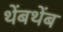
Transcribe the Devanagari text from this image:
थेंबथेंब